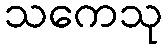
သကေသု